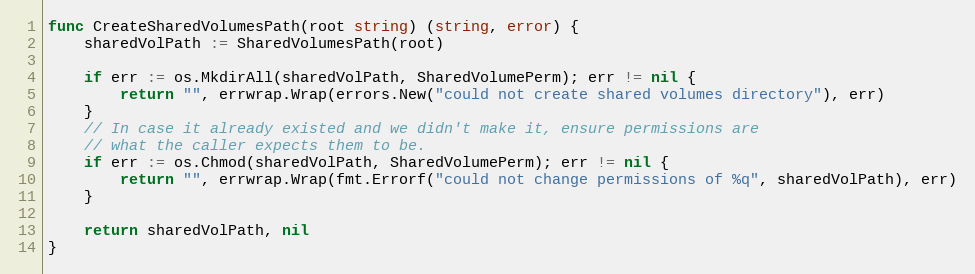
Language: Go
func CreateSharedVolumesPath(root string) (string, error) {
	sharedVolPath := SharedVolumesPath(root)

	if err := os.MkdirAll(sharedVolPath, SharedVolumePerm); err != nil {
		return "", errwrap.Wrap(errors.New("could not create shared volumes directory"), err)
	}
	// In case it already existed and we didn't make it, ensure permissions are
	// what the caller expects them to be.
	if err := os.Chmod(sharedVolPath, SharedVolumePerm); err != nil {
		return "", errwrap.Wrap(fmt.Errorf("could not change permissions of %q", sharedVolPath), err)
	}

	return sharedVolPath, nil
}